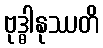
ဗုဒ္ဓါနုဿတိ